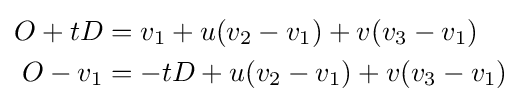
{\begin{aligned}O+tD&=v_{1}+u(v_{2}-v_{1})+v(v_{3}-v_{1})\\O-v_{1}&=-tD+u(v_{2}-v_{1})+v(v_{3}-v_{1})\end{aligned}}